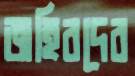
জহিরদের